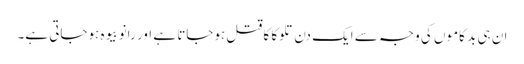
ان ہی بد کاموں کی وجہ سے ایک دن تلوکا کا قتل ہوجاتا ہے اور رانو بیوہ ہوجاتی ہے۔